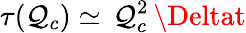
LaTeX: \tau(\mathcal{Q}_{c})\simeq\, \mathcal{Q}_{c}^{2}\, \Deltat